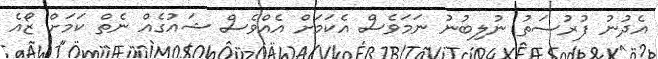
އެދުނު ފުރުސަތު ނުލިބުނު ނަމަވެސް އެކަމަށް އެެއްވެސް ޝައުގެއް ނެތް ކަމަށް ޒޯއެ